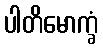
ပါတိမောက္ခံ